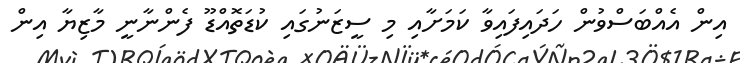
އިން އެއްބަސްވުން ހަދައިފައިވާ ކަމަށާއި މި ސީޒަނުގައި ކުޑަތޮއްޑޫ ފެންނާނީ މާޒިޔާ އިން